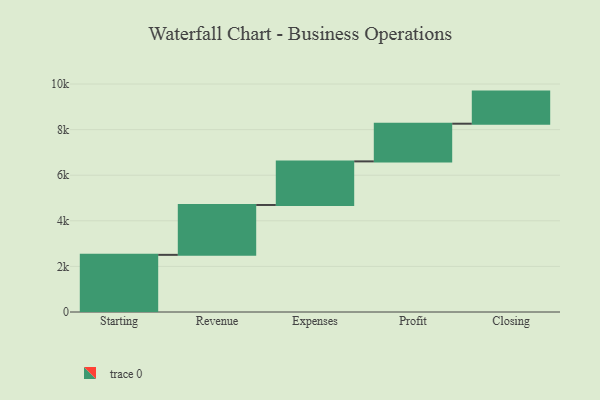
{"axis": {"x": "Step", "y": "Value"}, "legend": [""], "data": [{"x": "Starting", "y": 2507.0, "type": ""}, {"x": "Revenue", "y": 2188.0, "type": ""}, {"x": "Expenses", "y": 1912.0, "type": ""}, {"x": "Profit", "y": 1653.0, "type": ""}, {"x": "Closing", "y": 1408.0, "type": ""}]}